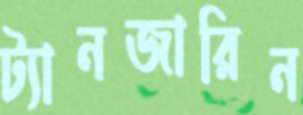
ট্যানজারিন